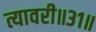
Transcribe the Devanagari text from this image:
त्यावरी॥३१॥